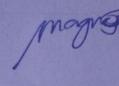
Signature authenticity: genuine